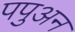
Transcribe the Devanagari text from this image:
पपुअन